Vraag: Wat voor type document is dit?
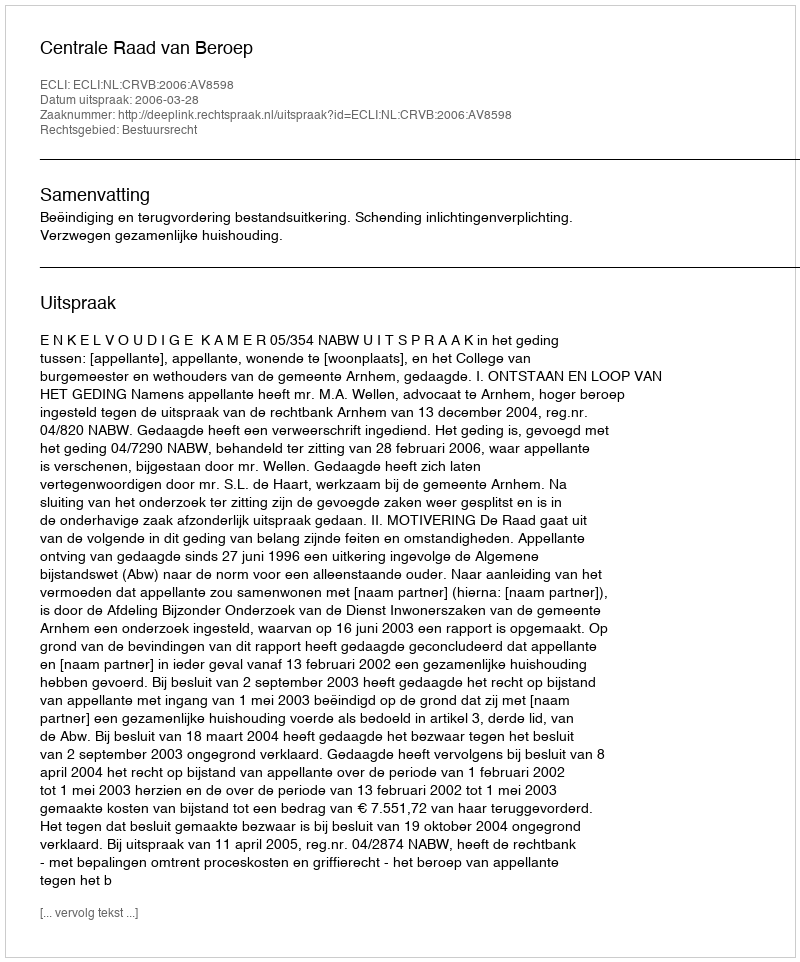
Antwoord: Uitspraak